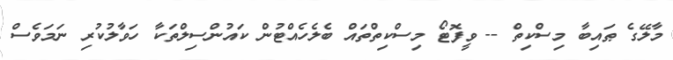
މާލޭގެ ޠައިބާ މިސްކިތް -- ވީފޮޓޯ މިސްކިތްތައް ބެލެހެއްޓުން ކައުންސިލްތަކާ ހަވާލުކުރި ނަމަވެސް